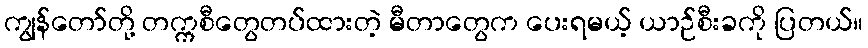
ကျွန်တော်တို့ တက္ကစီတွေတပ်ထားတဲ့ မီတာတွေက ပေးရမယ့် ယာဉ်စီးခကို ပြတယ်။